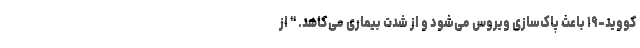
کووید-۱۹ باعث پاک‌سازی ویروس می‌شود و از شدت بیماری می‌کاهد. " از